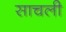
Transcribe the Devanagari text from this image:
साचली